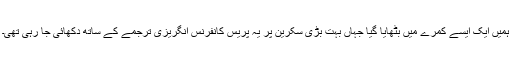
ہمیں ایک ایسے کمرے میں بٹھایا گیا جہاں بہت بڑی سکرین پر یہ پریس کانفرنس انگریزی ترجمے کے ساتھ دکھائی جا رہی تھی۔